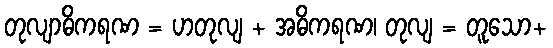
တုလျာဓိကရဏ = ဟတုလျ + အဓိကရဏ၊ တုလျ = တူသော+